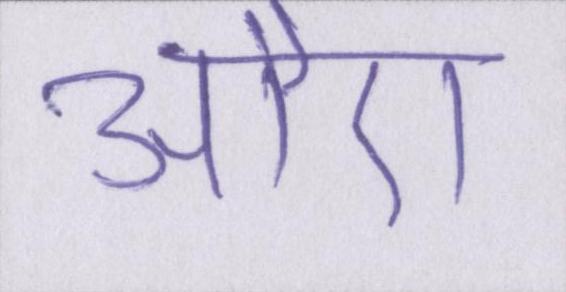
औए